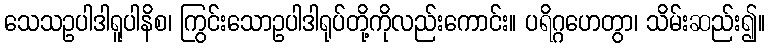
သေသဥပါဒါရူပါနိစ၊ ကြွင်းသောဥပါဒါရုပ်တို့ကိုလည်းကောင်း။ ပရိဂ္ဂဟေတွာ၊ သိမ်းဆည်း၍။